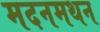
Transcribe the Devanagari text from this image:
मदनमथन